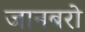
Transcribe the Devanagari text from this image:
जानबरो